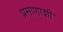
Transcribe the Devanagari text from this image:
प्रमाणाशी